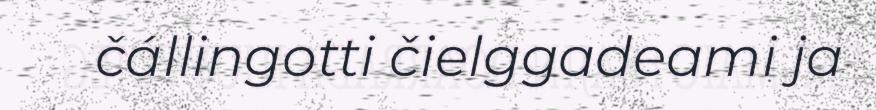
čállingotti čielggadeami ja